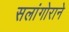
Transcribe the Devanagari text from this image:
सलांगोराने